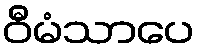
ဝီမံသာပေ